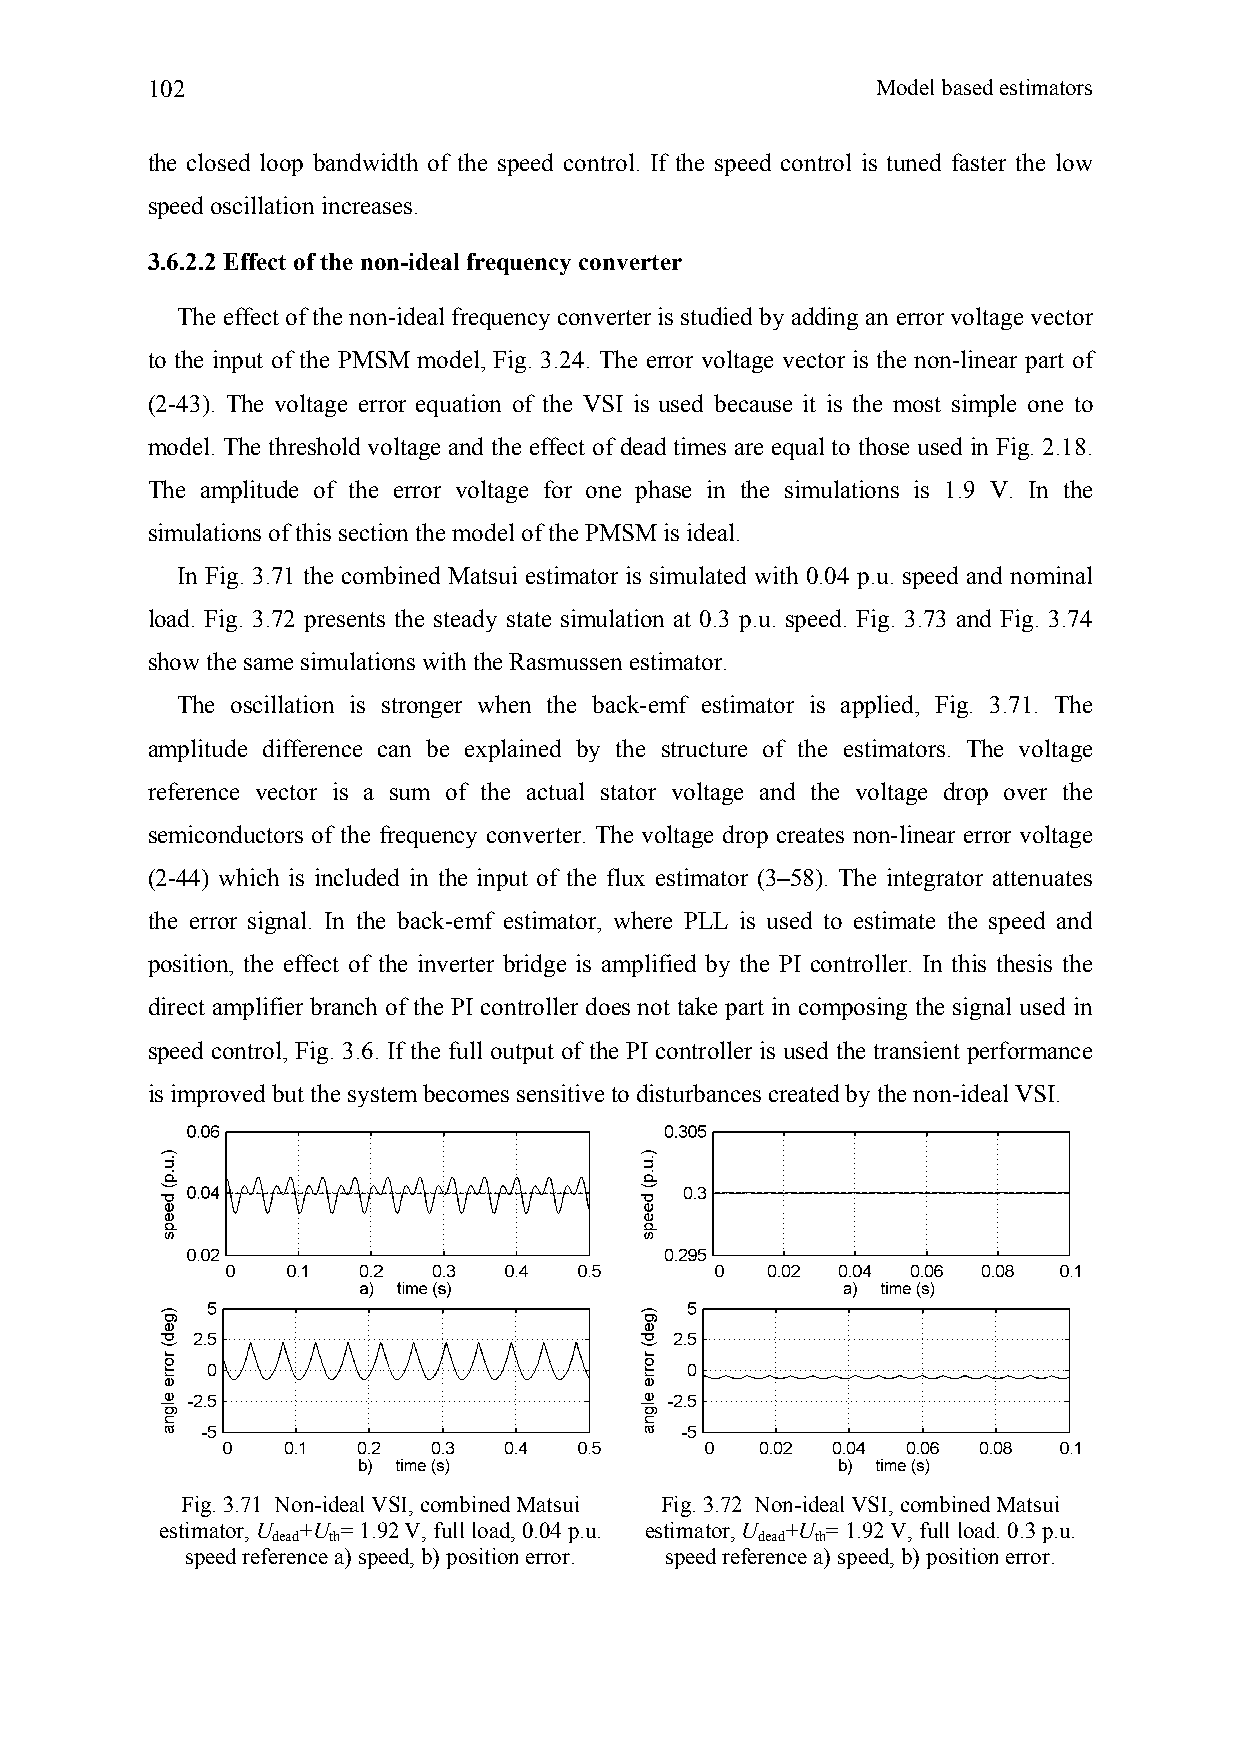
102                                             Model based estimators
 the closed loop bandwidth of the speed control. If the speed control is tuned faster the low
 speed oscillation increases.
 3.6.2.2 Effect of the non-ideal frequency converter
 The effect of the non-ideal frequency converter is studied by adding an error voltage vector
 to the input of the PMSM model, Fig. 3.24. The error voltage vector is the non-linear part of
 (2-43). The voltage error equation of the VSI is used because it is the most simple one to
 model. The threshold voltage and the effect of dead times are equal to those used in Fig. 2.18.
 The amplitude of the error voltage for one phase in the simulations is 1.9 V. In the
 simulations of this section the model of the PMSM is ideal.
 In Fig. 3.71 the combined Matsui estimator is simulated with 0.04 p.u. speed and nominal
 load. Fig. 3.72 presents the steady state simulation at 0.3 p.u. speed. Fig. 3.73 and Fig. 3.74
 show the same simulations with the Rasmussen estimator.
 The oscillation is stronger when the back-emf estimator is applied, Fig. 3.71. The
 amplitude difference can be explained by the structure of the estimators. The voltage
 reference vector is a sum of the actual stator voltage and the voltage drop over the
 semiconductors of the frequency converter. The voltage drop creates non-linear error voltage
 (2-44) which is included in the input of the flux estimator (3–58). The integrator attenuates
 the error signal. In the back-emf estimator, where PLL is used to estimate the speed and
 position, the effect of the inverter bridge is amplified by the PI controller. In this thesis the
 direct amplifier branch of the PI controller does not take part in composing the signal used in
 speed control, Fig. 3.6. If the full output of the PI controller is used the transient performance
 is improved but the system becomes sensitive to disturbances created by the non-ideal VSI.
 Fig. 3.71 Non-ideal VSI, combined Matsui Fig. 3.72 Non-ideal VSI, combined Matsui
 estimator, U +U = 1.92 V, full load, 0.04 p.u. estimator, U +U = 1.92 V, full load. 0.3 p.u.
 dead th                         dead th
 speed reference a) speed, b) position error. speed reference a) speed, b) position error.